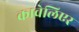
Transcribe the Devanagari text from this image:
कावेलिएर